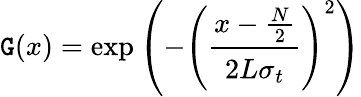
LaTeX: \mathtt{G}(x)=\exp\left(-\left({\cfrac{x-{\frac{{N}}{{2}}}}{2L\sigma_{t}}}\right)^{2}\right)